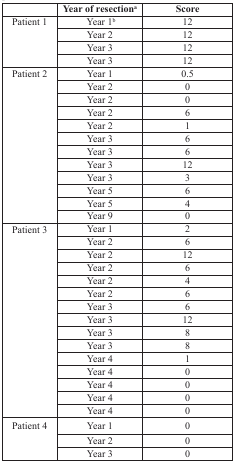
<table><thead><tr><td></td><td><b>Year of resection<sup>a</sup></b></td><td><b>Score</b></td></tr></thead><tbody><tr><td>Patient 1</td><td>Year 1<sup>b</sup></td><td>12</td></tr><tr><td></td><td>Year 2</td><td>12</td></tr><tr><td></td><td>Year 3</td><td>12</td></tr><tr><td></td><td>Year 3</td><td>12</td></tr><tr><td>Patient 2</td><td>Year 1</td><td>0.5</td></tr><tr><td></td><td>Year 2</td><td>0</td></tr><tr><td></td><td>Year 2</td><td>0</td></tr><tr><td></td><td>Year 2</td><td>6</td></tr><tr><td></td><td>Year 2</td><td>1</td></tr><tr><td></td><td>Year 3</td><td>6</td></tr><tr><td></td><td>Year 3</td><td>6</td></tr><tr><td></td><td>Year 3</td><td>12</td></tr><tr><td></td><td>Year 3</td><td>3</td></tr><tr><td></td><td>Year 5</td><td>6</td></tr><tr><td></td><td>Year 5</td><td>4</td></tr><tr><td></td><td>Year 9</td><td>0</td></tr><tr><td>Patient 3</td><td>Year 1</td><td>2</td></tr><tr><td></td><td>Year 2</td><td>6</td></tr><tr><td></td><td>Year 2</td><td>12</td></tr><tr><td></td><td>Year 2</td><td>6</td></tr><tr><td></td><td>Year 2</td><td>4</td></tr><tr><td></td><td>Year 2</td><td>6</td></tr><tr><td></td><td>Year 3</td><td>6</td></tr><tr><td></td><td>Year 3</td><td>12</td></tr><tr><td></td><td>Year 3</td><td>8</td></tr><tr><td></td><td>Year 3</td><td>8</td></tr><tr><td></td><td>Year 4</td><td>1</td></tr><tr><td></td><td>Year 4</td><td>0</td></tr><tr><td></td><td>Year 4</td><td>0</td></tr><tr><td></td><td>Year 4</td><td>0</td></tr><tr><td></td><td>Year 4</td><td>0</td></tr><tr><td>Patient 4</td><td>Year 1</td><td>0</td></tr><tr><td></td><td>Year 2</td><td>0</td></tr><tr><td></td><td>Year 3</td><td>0</td></tr></tbody></table>